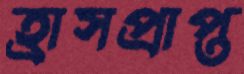
হ্রাসপ্রাপ্ত